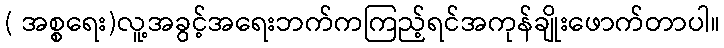
( အစ္စရေး)လူ့အခွင့်အရေးဘက်ကကြည့်ရင်အကုန်ချိုးဖောက်တာပါ။